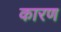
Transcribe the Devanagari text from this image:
कारण